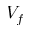
V _ { f }